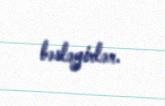
bəsləyirlər.